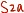
Text: S2a